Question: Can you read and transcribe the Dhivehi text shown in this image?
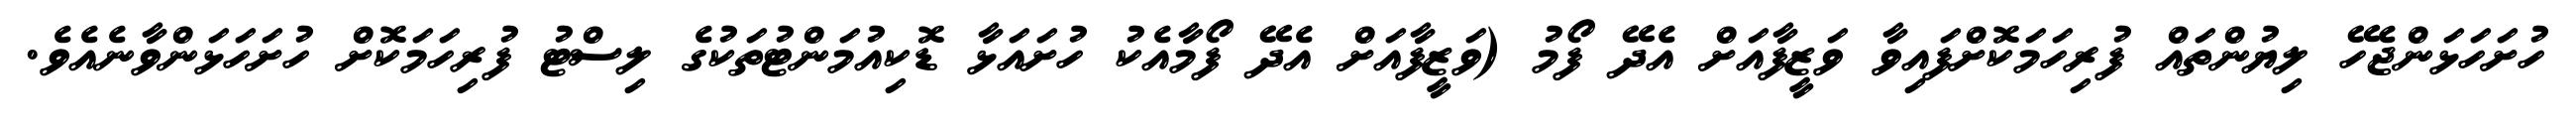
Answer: ހުށަހަޅަންޖެހޭ ލިޔުންތައް ފުރިހަމަކޮށްފައިވާ ވަޒީފާއަށް އެދޭ ފޯމު (ވަޒީފާއަށް އެދޭ ފޯމާއެކު ހުށައަޅާ ޑޮކިއުމަންޓުތަކުގެ ލިސްޓު ފުރިހަމަކޮށް ހުށަހަޅަންވާނެއެވެ.